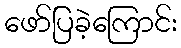
ဖော်ပြခဲ့ကြောင်း